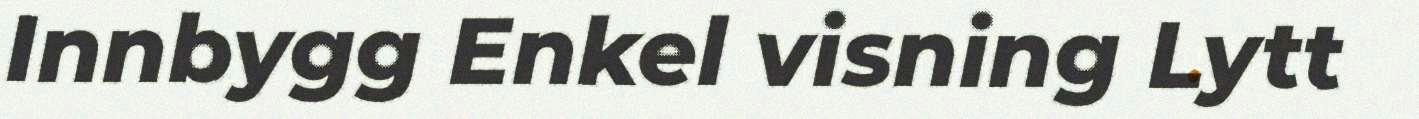
Innbygg Enkel visning Lytt